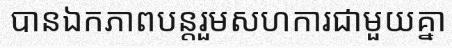
បានឯកភាពបន្តរួមសហការជាមួយគ្នា